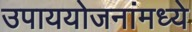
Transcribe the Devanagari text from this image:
उपाययोजनांमध्ये